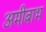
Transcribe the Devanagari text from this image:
अमीबाभ